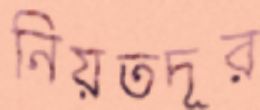
নিয়তদূর